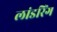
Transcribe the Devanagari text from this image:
लांडरिंग